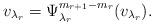
LaTeX: \begin{align*} v_{\lambda_r}=\Psi^{m_{r+1}-m_r}_{\lambda_r}(v_{\lambda_r}).\end{align*}